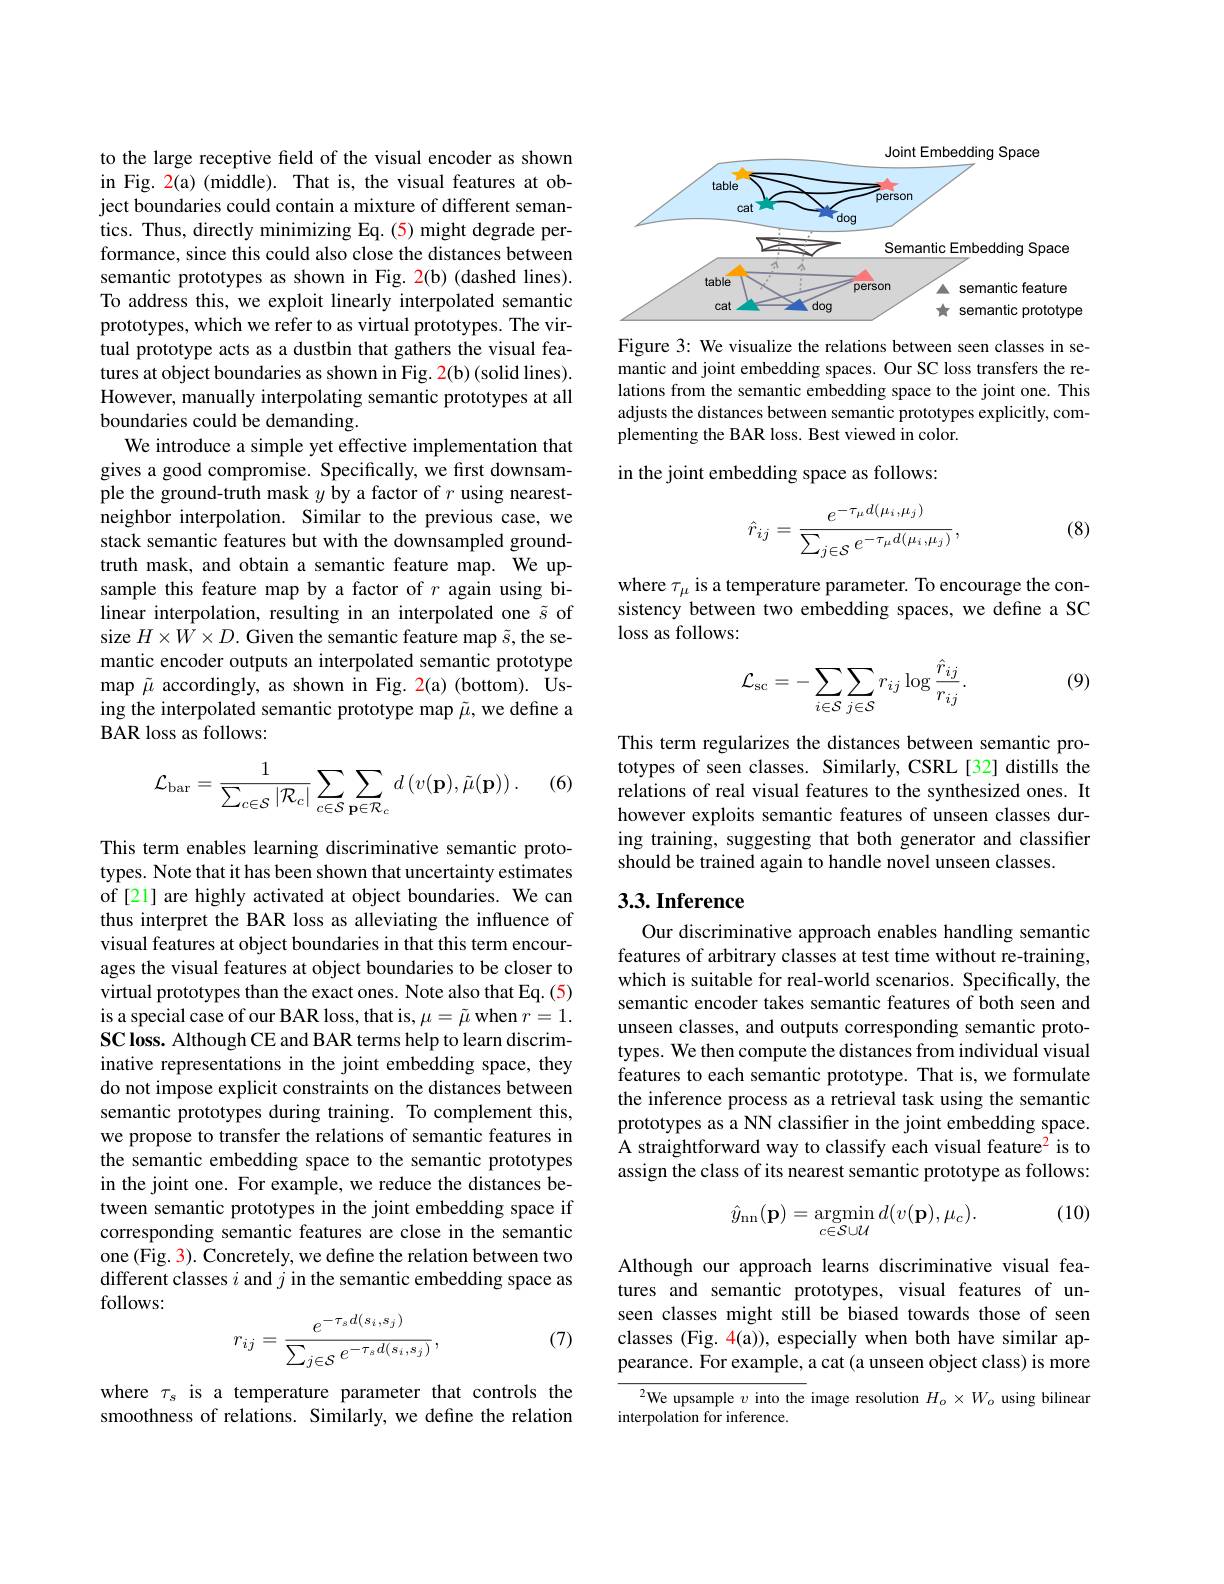
to the large receptive feld of the visual encoder as shown in Fig. 2(a) (middle). That is, the visual features at object boundaries could contain a mixture of different semantics. Thus, directly minimizing Eq. (5) might degrade performance, since this could also close the distances between semantic prototypes as shown in Fig. 2(b) (dashed lines). To address this, we exploit linearly interpolated semantic prototypes, which we refer to as virtual prototypes. The virtual prototype acts as a dustbin that gathers the visual features at object boundaries as shown in Fig. 2(b) (solid lines). However, manually interpolating semantic prototypes at all boundaries could be demanding.
We introduce a simple yet effective implementation that gives a good compromise. Specifically, we first downsample the ground-truth mask $y$ by a factor of $r$ using nearestneighbor interpolation. Similar to the previous case, we stack semantic features but with the downsampled groundtruth mask, and obtain a semantic feature map. We upsample this feature map by a factor of $r$ again using bilinear interpolation, resulting in an interpolated one $\tilde{s}$ of size $H\times W\times D.$ Given the semantic feature map $\tilde{s}$, the semantic encoder outputs an interpolated semantic prototype map $\tilde{\mu}$ accordingly, as shown in Fig. 2(a) (bottom). Using the interpolated semantic prototype map $\tilde{\mu}$,we define a BAR loss as follows:

(6)
$$\mathcal{L}_{\mathrm{bar}}=\frac{1}{\sum_{c\in\mathcal{S}}|\mathcal{R}_{c}|}\sum_{c\in\mathcal{S}}\sum_{\mathbf{p}\in\mathcal{R}_{c}}d\left(v(\mathbf{p}),\tilde{\mu}(\mathbf{p})\right).$$
This term enables learning discriminative semantic prototypes. Note that it has been shown that uncertainty estimates of [21] are highly activated at object boundaries. We can thus interpret the BAR loss as alleviating the influence of visual features at object boundaries in that this term encourages the visual features at object boundaries to be closer to virtual prototypes than the exact ones. Note also that Eq. (5) is a special case of our BAR loss, that is, $\mu=\tilde{\mu}$ when $r=1.$ SC loss. Although CE and BAR terms help to learn discriminative representations in the joint embedding space, they do not impose explicit constraints on the distances between semantic prototypes during training. To complement this, we propose to transfer the relations of semantic features in the semantic embedding space to the semantic prototypes in the joint one. For example, we reduce the distances between semantic prototypes in the joint embedding space if corresponding semantic features are close in the semantic one (Fig. 3). Concretely, we define the relation between two different classes $i$ and $j$ in the semantic embedding space as follows:
$$r_{ij}=\frac{e^{-\tau_{s}d(s_{i},s_{j})}}{\sum_{j\in\mathcal{S}}e^{-\tau_{s}d(s_{i},s_{j})}},$$
(7)

where $\tau_s$ is a temperature parameter that controls the smoothness of relations. Similarly, we define the relation

<FigureHere>

Figure 3: We visualize the relations between seen classes in semantic and joint embedding spaces. Our SC loss transfers the relations from the semantic embedding space to the joint one. This adjusts the distances between semantic prototypes explicitly, complementing the BAR loss. Best viewed in color.

in the joint embedding space as follows:
$$\hat{r}_{ij}=\frac{e^{-\tau_{\mu}d(\mu_{i},\mu_{j})}}{\sum_{j\in\mathcal{S}}e^{-\tau_{\mu}d(\mu_{i},\mu_{j})}},$$
(8)

where $\tau_\mu$ is a temperature parameter. To encourage the consistency between two embedding spaces, we define a SC loss as follows:

(9)
$$\mathcal{L}_{\mathrm{sc}}=-\sum_{i\in\mathcal{S}}\sum_{j\in\mathcal{S}}r_{ij}\log\frac{\hat{r}_{ij}}{r_{ij}}.$$
This term regularizes the distances between semantic prototypes of seen classes. Similarly, CSRL[32] distills the relations of real visual features to the synthesized ones. It however exploits semantic features of unseen classes during training, suggesting that both generator and classifier should be trained again to handle novel unseen classes.

# 3.3. Inference

Our discriminative approach enables handling semantic features of arbitrary classes at test time without re-training, which is suitable for real-world scenarios. Specifically, the semantic encoder takes semantic features of both seen and unseen classes, and outputs corresponding semantic prototypes. We then compute the distances from individual visual features to each semantic prototype. That is, we formulate the inference process as a retrieval task using the semantic prototypes as a NN classifier in the joint embedding space. A straightforward way to classify each visual feature$^{2}$ is to assign the class of its nearest semantic prototype as follows:

(10)
$$\hat{y}_{\mathrm{nn}}(\mathbf{p})=\underset{c\in\mathcal{SU}}{\mathrm{argmin}}d(v(\mathbf{p}),\mu_{c}).$$
Although our approach learns discriminative visual features and semantic prototypes, visual features of unseen classes might still be biased towards those of seen classes (Fig. 4(a)), especially when both have similar appearance. For example, a cat (a unseen object class) is more

$^{2}$We upsample $v$ into the image resolution $H_o\times W_o$ using bilinear
interpolation for inference.